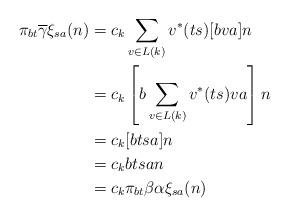
LaTeX: \begin{align*}\pi_{bt}\overline{\gamma} \xi_{sa}(n) &= c_{k} \displaystyle \sum_{v \in L(k)} v^{\ast} (ts) [bva]n \\&= c_{k} \left[b \displaystyle \sum_{v \in L(k)} v^{\ast}(ts)v a \right]n \\&=c_{k} [btsa]n \\&=c_{k} btsan \\&=c_{k}\pi_{bt} \beta \alpha \xi_{sa}(n)\end{align*}